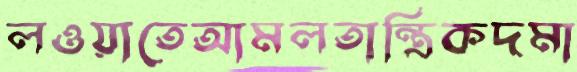
লওয়াতেআমলতান্ত্রিকদমা